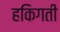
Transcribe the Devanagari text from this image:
हकिगती